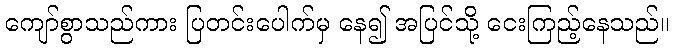
ကျော်စွာသည်ကား ပြတင်းပေါက်မှ နေ၍ အပြင်သို့ ငေးကြည့်နေသည်။